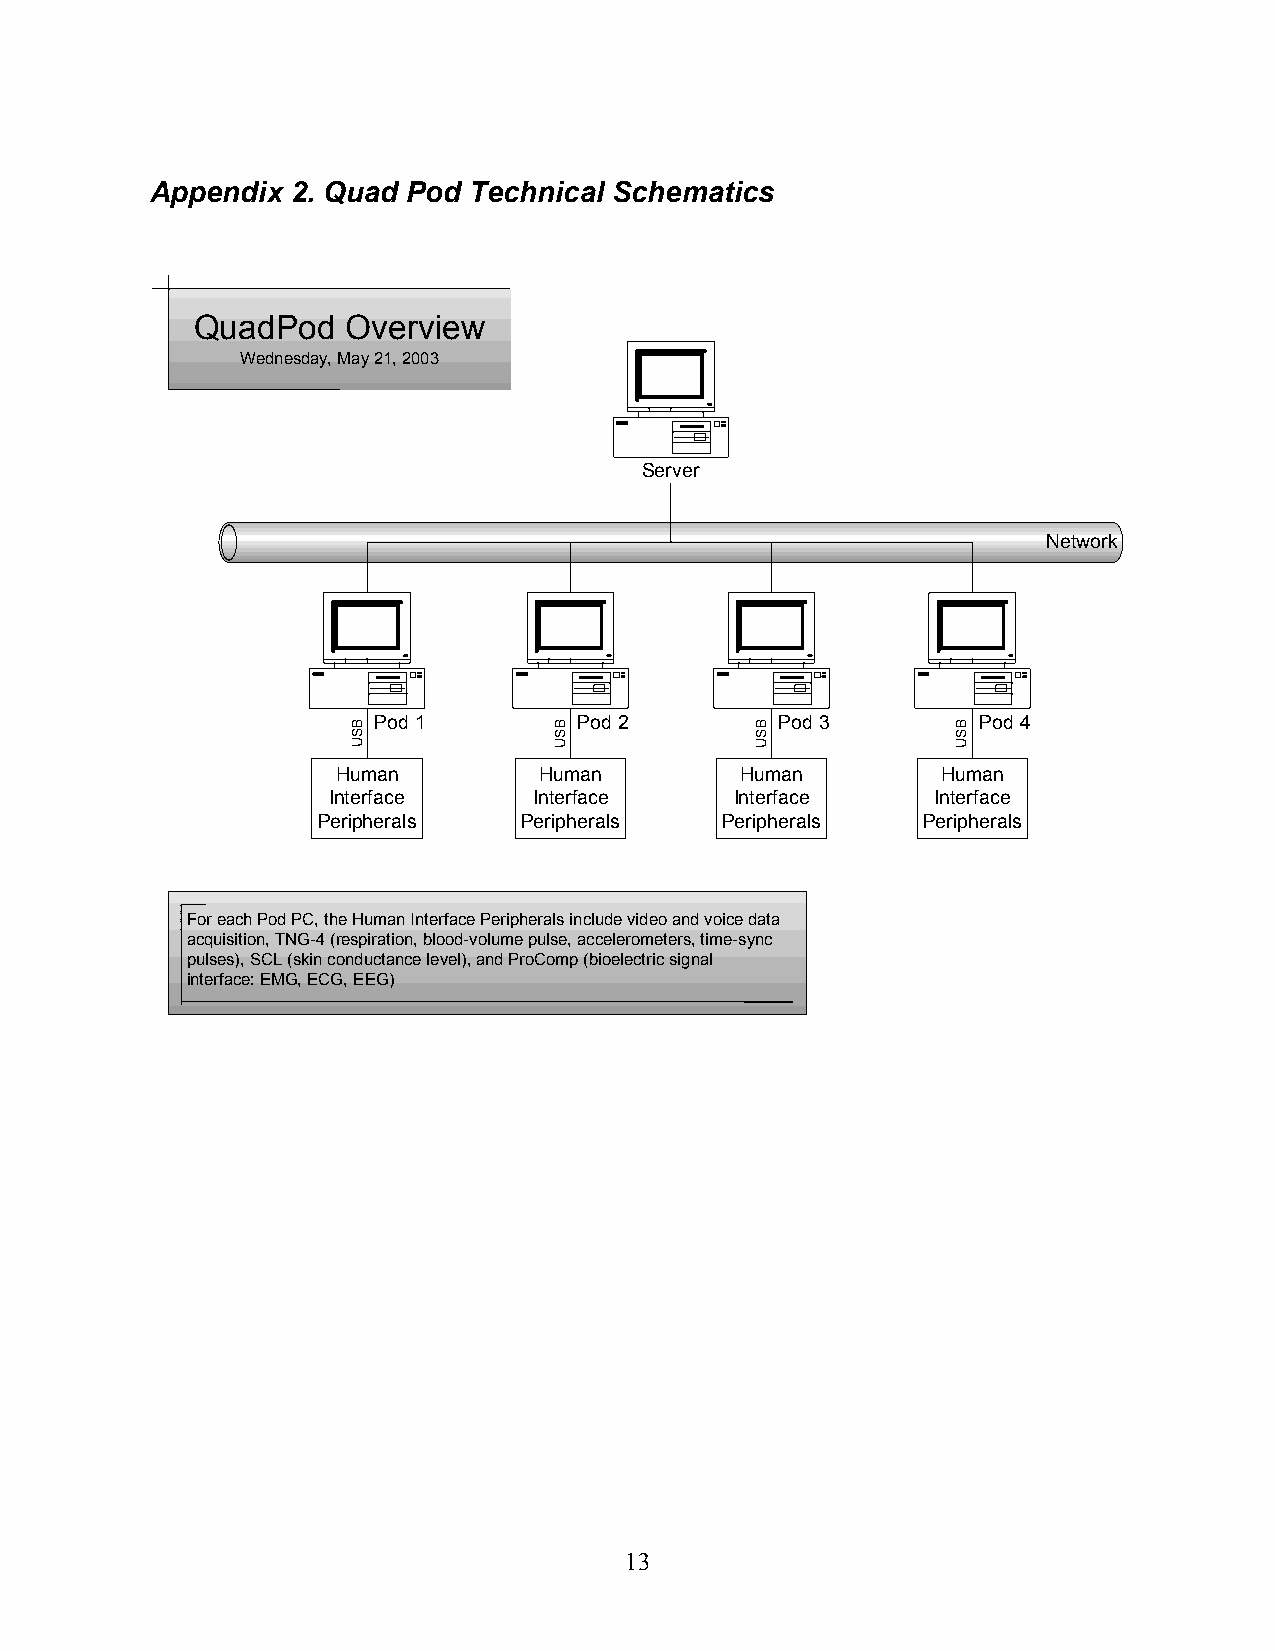
Appendix 2. Quad Pod Technical Schematics
 QuadPod   Overview
 Wednesday, May 21, 2003
 Server
 Network
 Pod 1        Pod 2         Pod 3        Pod 4
 Human         Human        Human        Human
 Interface    Interface     Interface    Interface
 Peripherals   Peripherals  Peripherals  Peripherals
 For each Pod PC, the Human Interface Peripherals include video and voice data
 acquisition, TNG-4 (respiration, blood-volume pulse, accelerometers, time-sync
 pulses), SCL (skin conductance level), and ProComp (bioelectric signal
 interface: EMG, ECG, EEG)
 13
 BSU           BSU          BSU          BSU